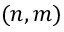
( n , m )